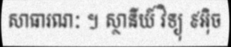
សាធារណៈ ។ ស្ថានីយ៍ វិទ្យុ ៩អ៊ិច